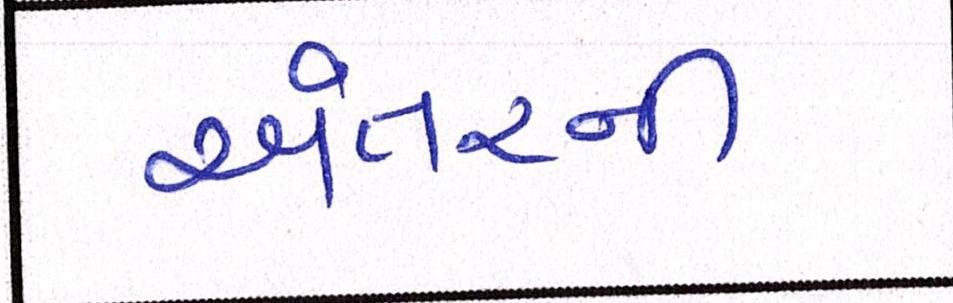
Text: અંતરની